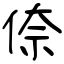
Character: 倷